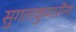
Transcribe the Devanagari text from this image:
सुगताकुमारींना